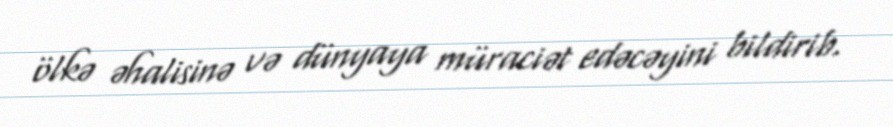
ölkə əhalisinə və dünyaya müraciət edəcəyini bildirib.